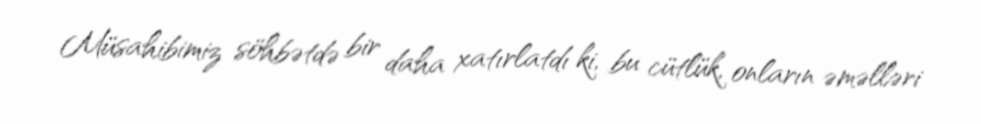
Müsahibimiz söhbətdə bir daha xatırlatdı ki, bu cütlük, onların əməlləri